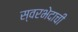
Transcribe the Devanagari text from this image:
स्वरभेदाची